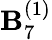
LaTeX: {\mathbf{B}}_{7}^{(1)}